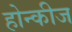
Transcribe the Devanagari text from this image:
होन्कीज